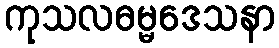
ကုသလဓမ္မဒေသနာ